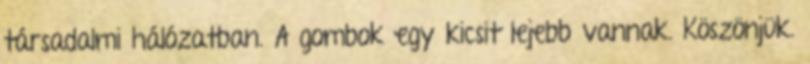
társadalmi hálózatban. A gombok egy kicsit lejebb vannak. Köszönjük.